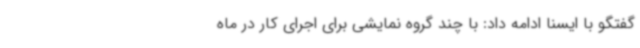
گفتگو با ایسنا ادامه داد: با چند گروه نمایشی برای اجرای کار در ماه